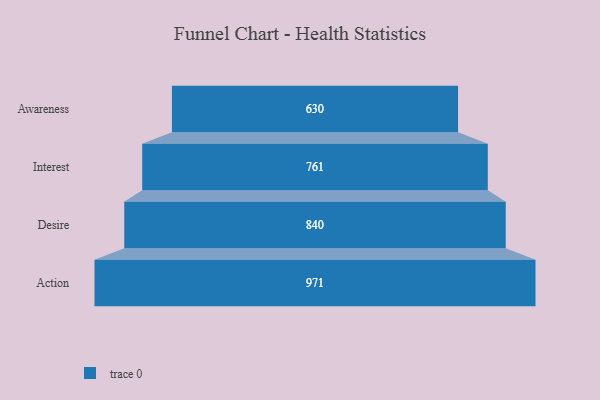
{"axis": {"x": "Stage", "y": "Value"}, "legend": [""], "data": [{"x": "Awareness", "y": 630.0, "type": ""}, {"x": "Interest", "y": 761.0, "type": ""}, {"x": "Desire", "y": 840.0, "type": ""}, {"x": "Action", "y": 971.0, "type": ""}]}